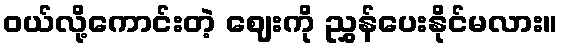
ဝယ်လို့ကောင်းတဲ့ ဈေးကို ညွှန်ပေးနိုင်မလား။